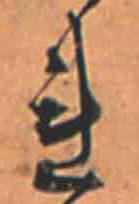
れ